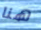
هنا